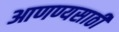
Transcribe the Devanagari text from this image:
आणण्यसाठी